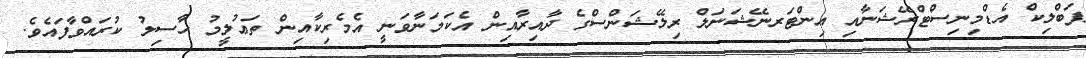
ޕަބްލިކް އެޑްމިނިސްޓްރޭޝަނާއި އިންޓަރނޭޝަނަލް ރިލޭޝަންސްގެ ދާއިރާއިން އެކަމަނާވަނީ އެމެރިކާއިން ތަޢުލީމު ހާސިލު ކުރައްވާފައެވެ.